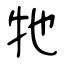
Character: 牠